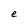
Character: e